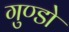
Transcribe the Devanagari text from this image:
गुण्डो